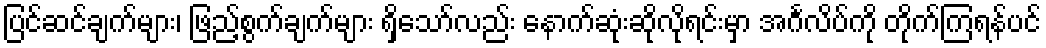
ပြင်ဆင်ချက်များ၊ ဖြည့်စွက်ချက်များ ရှိသော်လည်း နောက်ဆုံးဆိုလိုရင်းမှာ အင်္ဂလိပ်ကို တိုက်ကြရန်ပင်